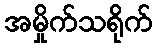
အမှိုက်သရိုက်